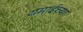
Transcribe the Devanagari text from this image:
यमाईच्या